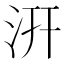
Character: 汧